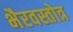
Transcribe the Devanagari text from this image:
भैरवस्तोत्र